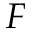
\boldsymbol { F }